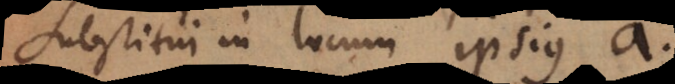
substitui in locum ipsius a.